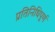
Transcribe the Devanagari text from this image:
प्रतिनिधिपूर्ण